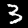
Digit: 3